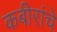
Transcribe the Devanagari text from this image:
कबीरांचे